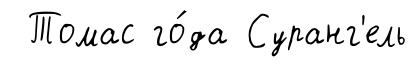
Томас го́да Суранг'ель